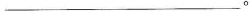
___。